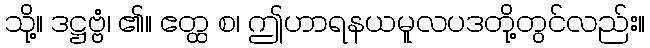
သို့။ ဒဋ္ဌဗ္ဗံ၊ ၏။ ဧတ္ထ စ၊ ဤဟာရနယမူလပဒတို့တွင်လည်း။